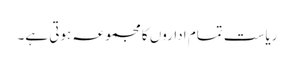
ریاست تمام اداروں کا مجموعہ ہوتی ہے۔